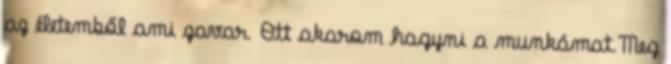
az életemből ami zavar. Ott akarom hagyni a munkámat.Meg